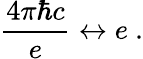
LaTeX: {\frac{4\pi\hbar c}{e}}\leftrightarrow e\ .